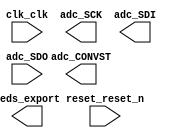

module adc_pwm (
	clk_clk,
	reset_reset_n,
	adc_CONVST,
	adc_SCK,
	adc_SDI,
	adc_SDO,
	leds_export);	

	input		clk_clk;
	input		reset_reset_n;
	output		adc_CONVST;
	output		adc_SCK;
	output		adc_SDI;
	input		adc_SDO;
	output	[7:0]	leds_export;
endmodule